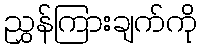
ညွှန်ကြားချက်ကို